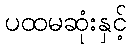
ပထမဆုံးနှင့်